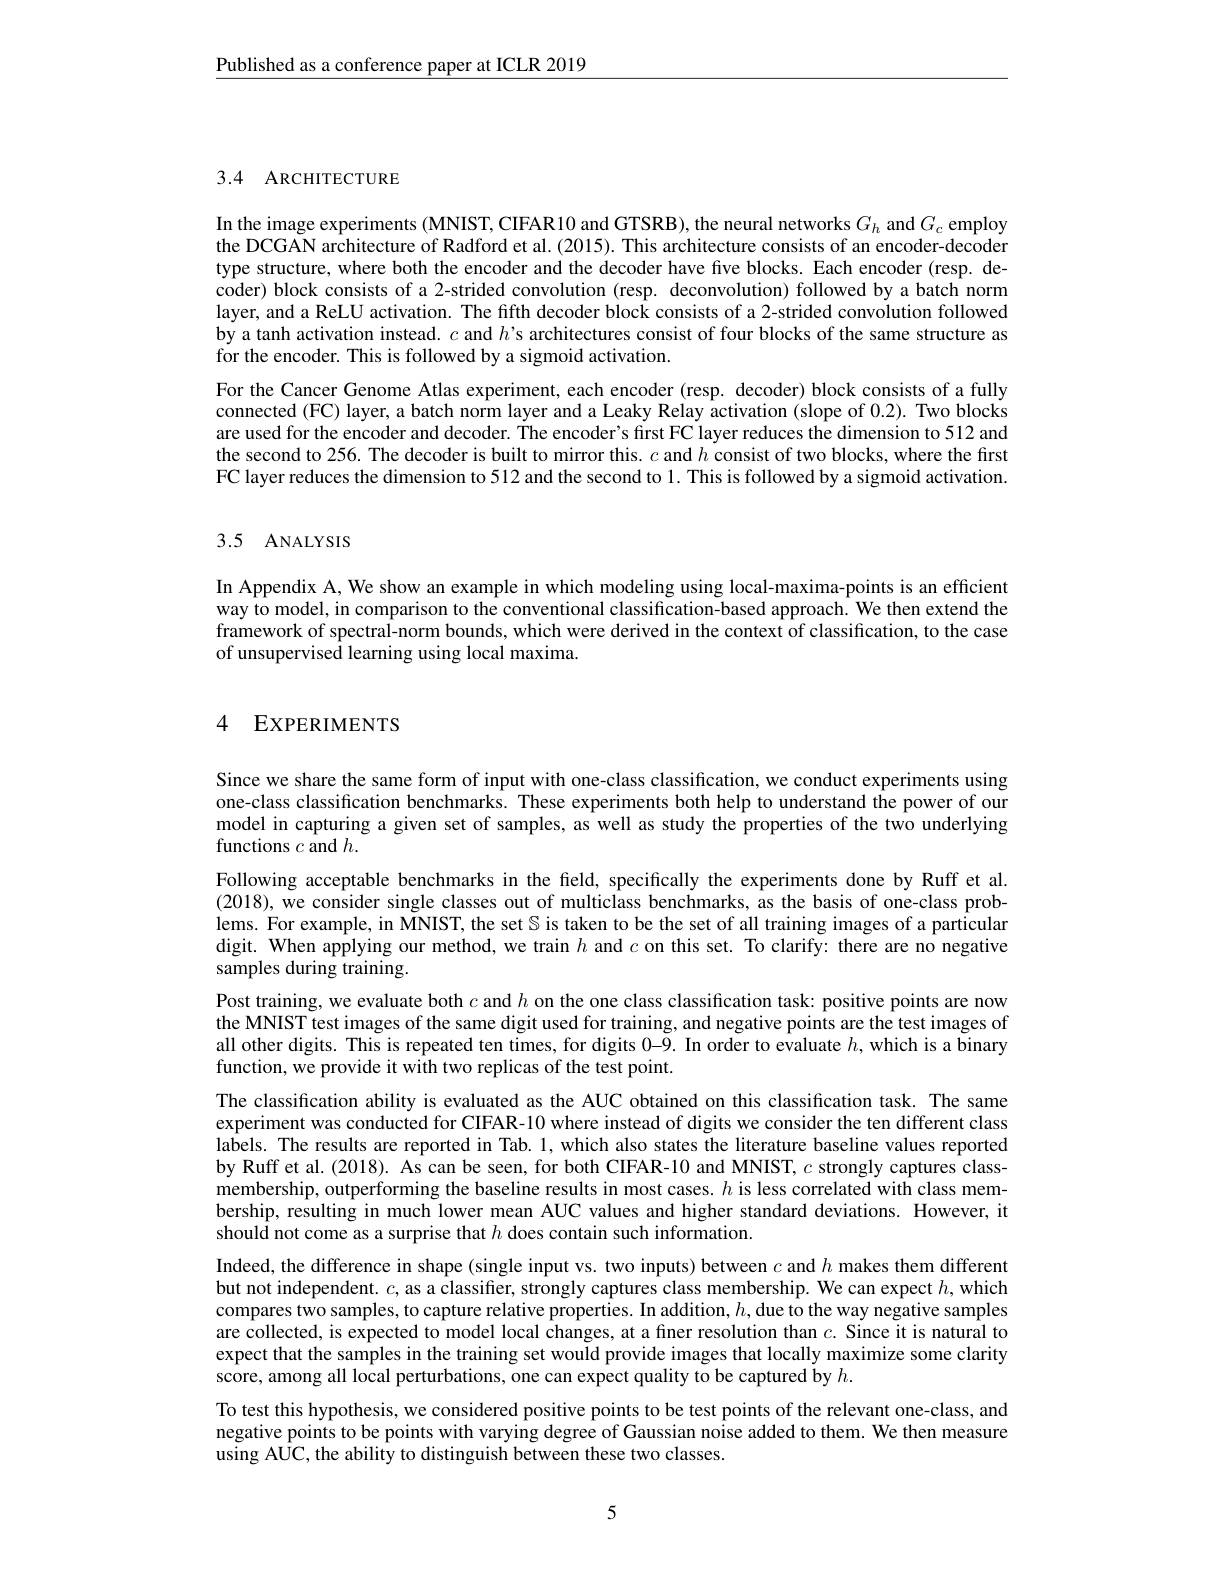
$\underline{\text{Published as a conference paper at ICLR 2019}}$

3.4 ARCHITECTURE

In the image experiments (MNIST, CIFAR10 and GTSRB), the neural networks $G_h$ and $G_c$ employ the DCGAN architecture of Radford et al. (2015). This architecture consists of an encoder-decoder type structure, where both the encoder and the decoder have five blocks. Each encoder (resp. decoder) block consists of a 2-strided convolution (resp. deconvolution) followed by a batch norm layer, and a ReLU activation. The fifth decoder block consists of a 2-strided convolution followed by a tanh activation instead. $c$ and $h’$s architectures consist of four blocks of the same structure as for the encoder. This is followed by a sigmoid activation.
For the Cancer Genome Atlas experiment, each encoder (resp. decoder) block consists of a fully connected (FC) layer, a batch norm layer and a Leaky Relay activation (slope of 0.2). Two blocks are used for the encoder and decoder. The encoder's first FC layer reduces the dimension to 512 and the second to 256. The decoder is built to mirror this. $c$ and $h$ consist of two blocks, where the first FC layer reduces the dimension to 512 and the second to 1. This is followed by a sigmoid activation.

## 3.5 ANALYSIS

In Appendix A, We show an example in which modeling using local-maxima-points is an efficient way to model, in comparison to the conventional classification-based approach. We then extend the framework of spectral-norm bounds, which were derived in the context of classification, to the case of unsupervised learning using local maxima.

# 4 EXPERIMENTS

Since we share the same form of input with one-class classification, we conduct experiments using one-class classification benchmarks. These experiments both help to understand the power of our model in capturing a given set of samples, as well as study the properties of the two underlying functions $c$ and $h.$
Following acceptable benchmarks in the field, specifically the experiments done by Ruff et al. (2018), we consider single classes out of multiclass benchmarks, as the basis of one-class problems. For example, in MNIST, the set $\mathbb{S}$ is taken to be the set of all training images of a particular digit. When applying our method, we train $h$ and $c$ on this set. To clarify: there are no negative samples during training.
Post training, we evaluate both $c$ and $h$ on the one class classification task: positive points are now the MNIST test images of the same digit used for training, and negative points are the test images of all other digits. This is repeated ten times, for digits 0-9. In order to evaluate $h$,which is a binary function, we provide it with two replicas of the test point.
The classification ability is evaluated as the AUC obtained on this classification task. The same experiment was conducted for CIFAR-10 where instead of digits we consider the ten different class labels. The results are reported in Tab. 1, which also states the literature baseline values reported by Ruff et al. (2018). As can be seen, for both CIFAR-10 and MNIST, $c$ strongly captures classmembership, outperforming the baseline results in most cases. $h$ is less correlated with class membership, resulting in much lower mean AUC values and higher standard deviations. However, it should not come as a surprise that $h$ does contain such information.
Indeed, the difference in shape (single input vs. two inputs) between $c$ and $h$ makes them different but not independent. $c$, as a classifier, strongly captures class membership. We can expect $h$, which compares two samples, to capture relative properties. In addition, $h$,due to the way negative samples are collected, is expected to model local changes, at a finer resolution than $c.$ Since it is natural to expect that the samples in the training set would provide images that locally maximize some clarity score, among all local perturbations, one can expect quality to be captured by $h.$
To test this hypothesis, we considered positive points to be test points of the relevant one-class, and negative points to be points with varying degree of Gaussian noise added to them. We then measure using AUC, the ability to distinguish between these two classes.

5